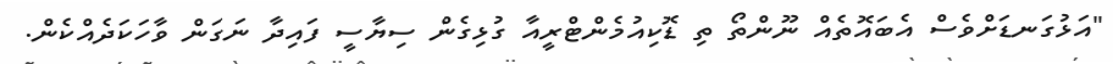
"އަޅުގަނޑަށްވެސް އެބައޮތެއް ނޫންތޯ ތި ޑޮކިއުމެންޓްރީއާ ގުޅިގެން ސިޔާސީ ފައިދާ ނަގަން ވާހަކަދެއްކެން.